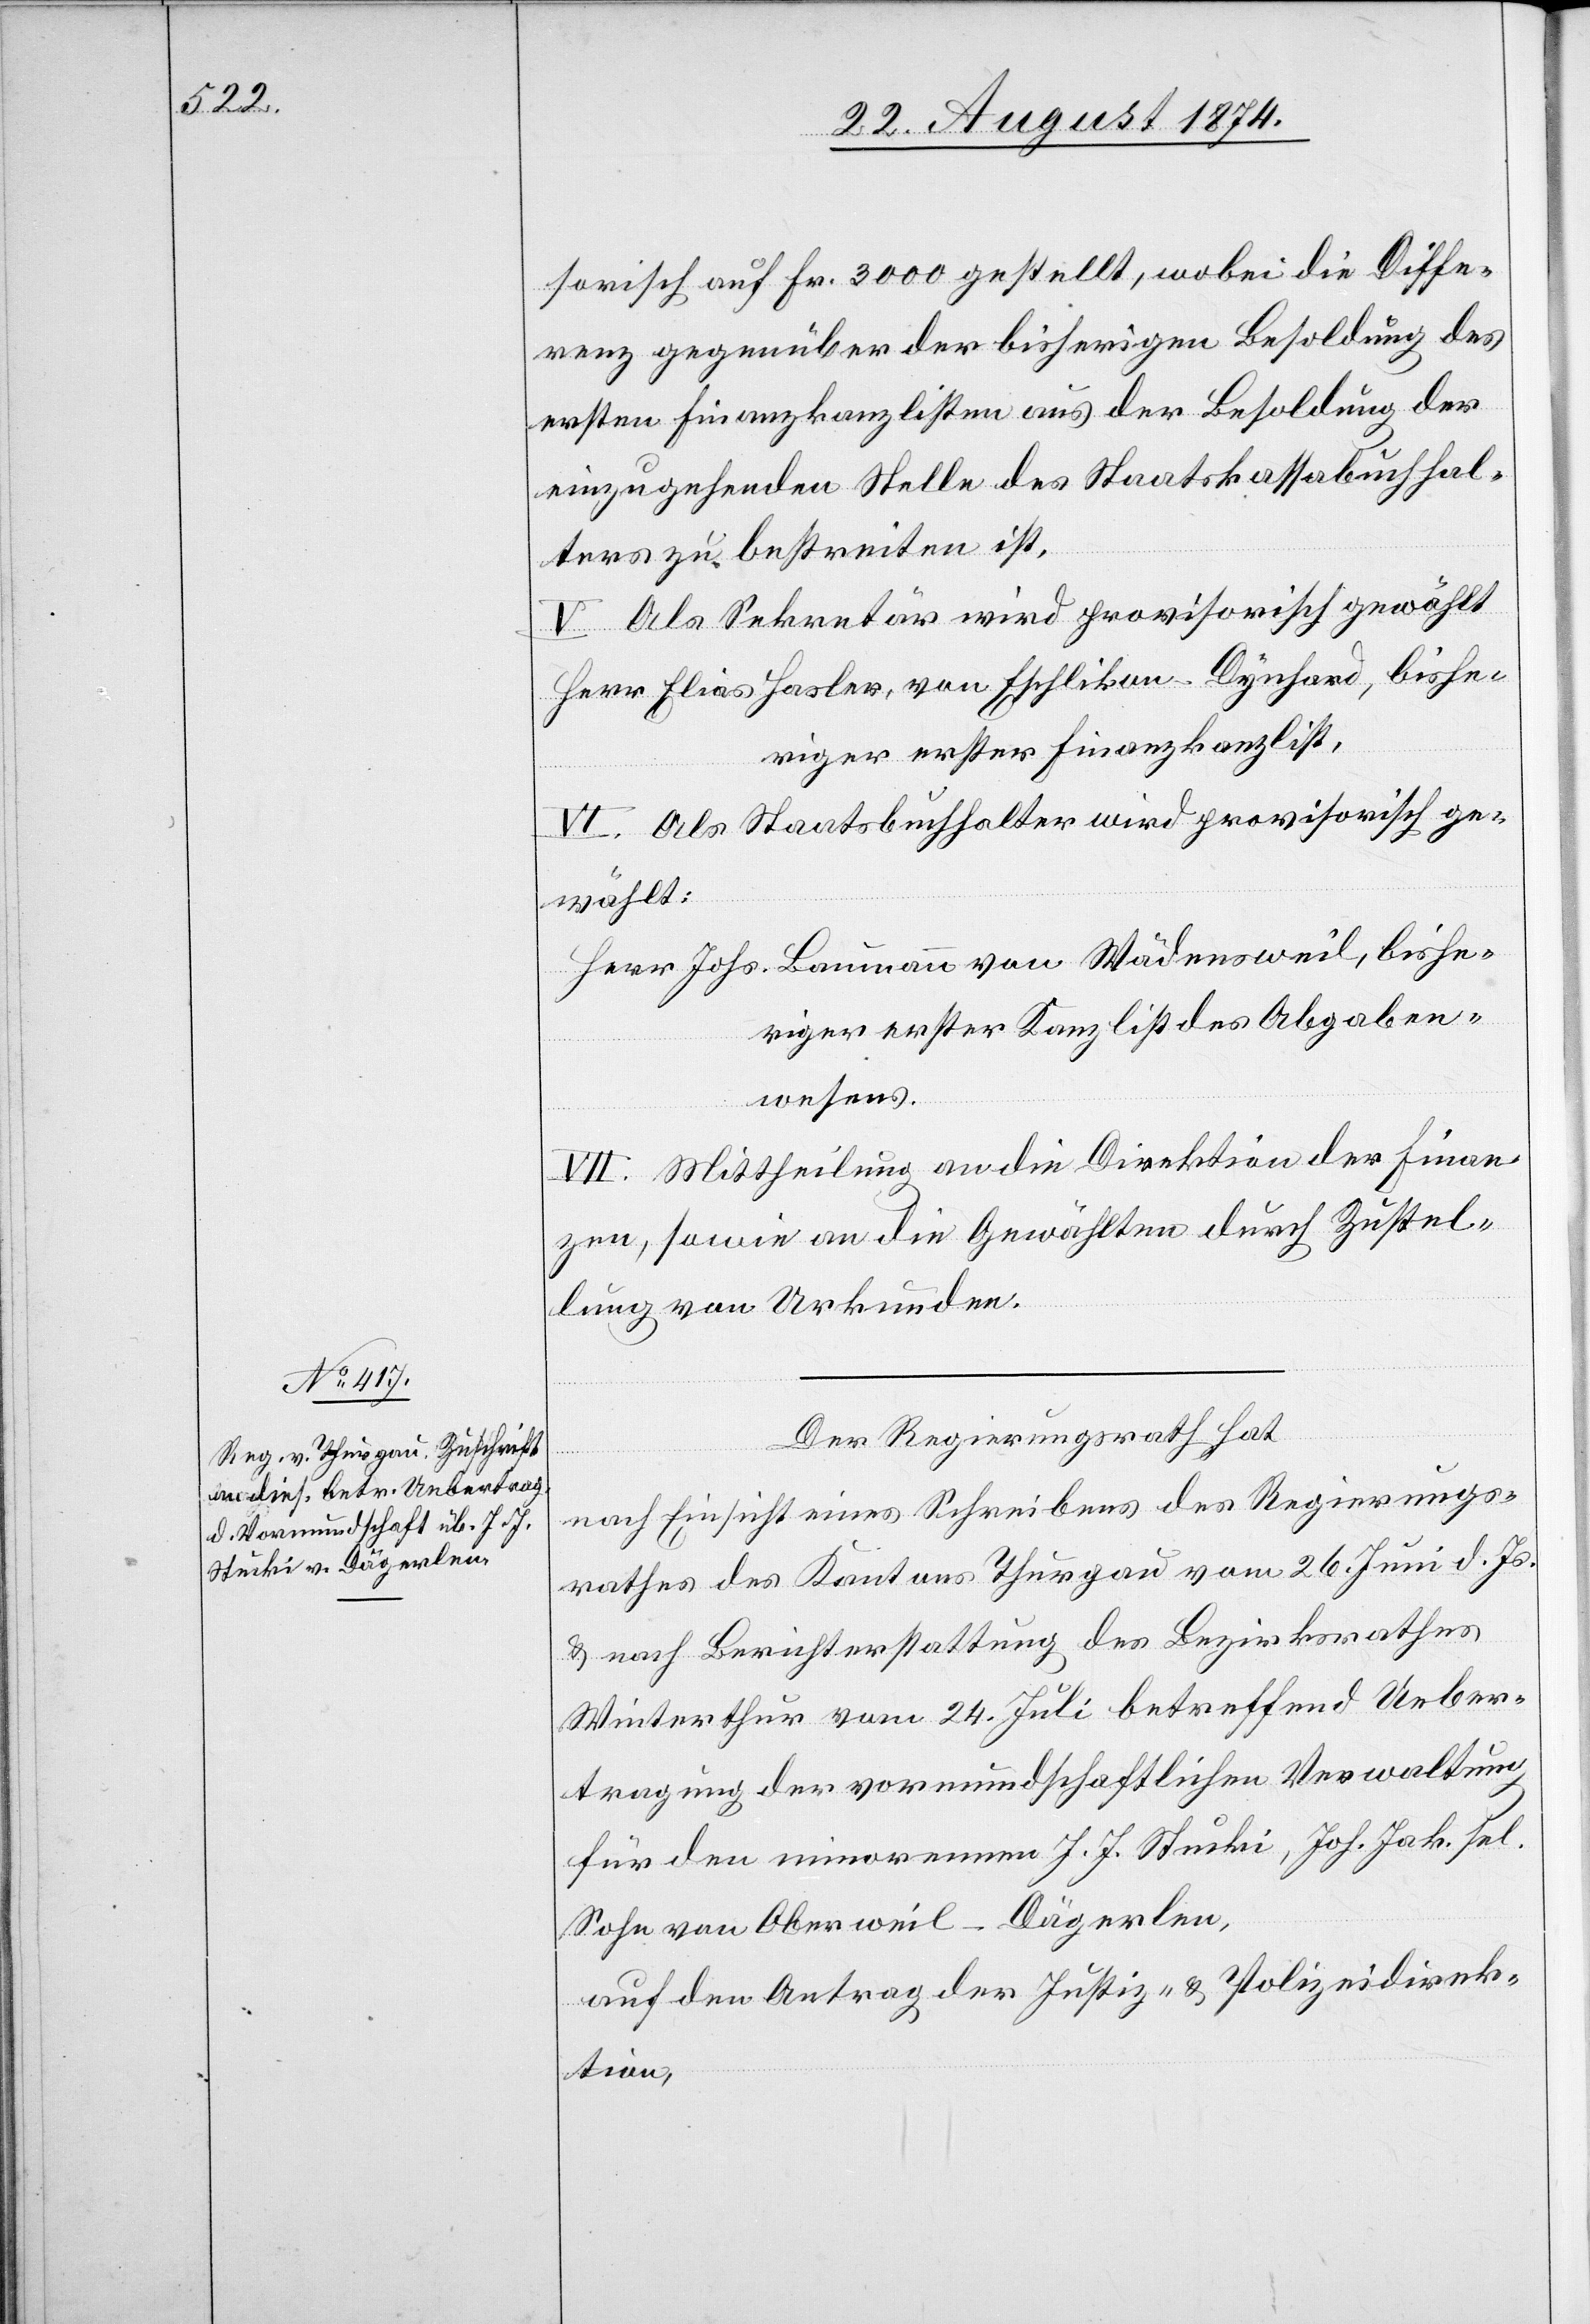
sorisch auf Fr. 3000 gestellt, wobei die Diffe¬
renz gegenüber der bisherigen Besoldung des
ersten Finanzkanzlisten aus der Besoldung der
einzugehenden Stelle des Staatskassabuchhal¬
ters zu bestreiten ist.
V. Als Sekretär wird provisorisch gewählt
Herr Elias Hasler, von Eschlikon-Dynhard, bishe¬
riger erster Finanzkanzlist.
VI. Als Staatsbuchhalter wird provisorisch ge¬
wählt:
Herr Johs. Baumann von Wädensweil, bishe¬
riger erster Kanzlist des Abgaben¬
wesens.
VII. Mittheilung an die Direktion der Finan¬
zen, sowie an die Gewählten durch Zustel¬
lung von Urkunden.
Der Regierungsrath hat
nach Einsicht eines Schreibens des Regierungs¬
rathes des Kantons Thurgau vom 26. Juni d. Js.
u. nach Berichterstattung des Bezirksrathes
Winterthur vom 24. Juli betreffend Ueber¬
tragung der vormundschaftlichen Verwaltung
für den minorennen J. J. Stucki, Joh. Jak. sel.
Sohn von Oberweil-Dägerlen,
auf den Antrag der Justiz- u. Polizeidirek¬
tion,